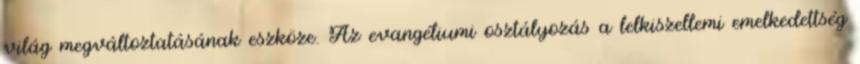
világ megváltoztatásának eszköze. Az evangéliumi osztályozás a lelkiszellemi emelkedettség